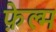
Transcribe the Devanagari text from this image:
फ़ेल्म